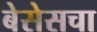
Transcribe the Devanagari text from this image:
बेसेसचा